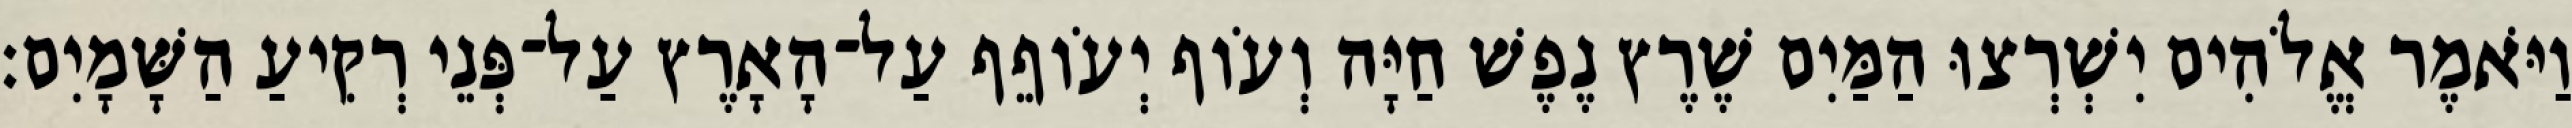
וַיֹּאמֶר אֱלֹהִים יִשְׁרְצוּ הַמַּיִם שֶׁרֶץ נֶפֶשׁ חַיָּה וְעֹוף יְעֹוףֵף עַל־הָאָרֶץ עַל־פְּנֵי רְקִיעַ הַשָּׁמָיִם׃